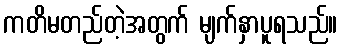
ကတိမတည်တဲ့အတွက် မျက်နှာပူရသည်။